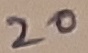
Text: 20